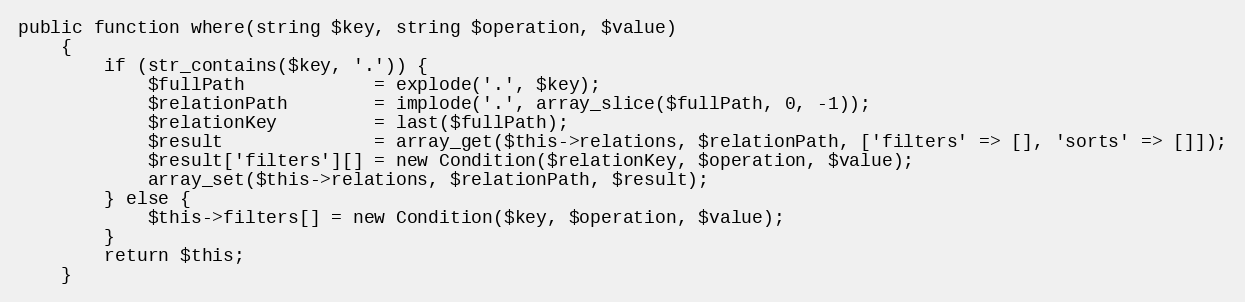
Language: PHP
public function where(string $key, string $operation, $value)
    {
        if (str_contains($key, '.')) {
            $fullPath            = explode('.', $key);
            $relationPath        = implode('.', array_slice($fullPath, 0, -1));
            $relationKey         = last($fullPath);
            $result              = array_get($this->relations, $relationPath, ['filters' => [], 'sorts' => []]);
            $result['filters'][] = new Condition($relationKey, $operation, $value);
            array_set($this->relations, $relationPath, $result);
        } else {
            $this->filters[] = new Condition($key, $operation, $value);
        }
        return $this;
    }